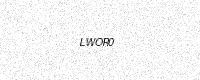
Text: LWOR0